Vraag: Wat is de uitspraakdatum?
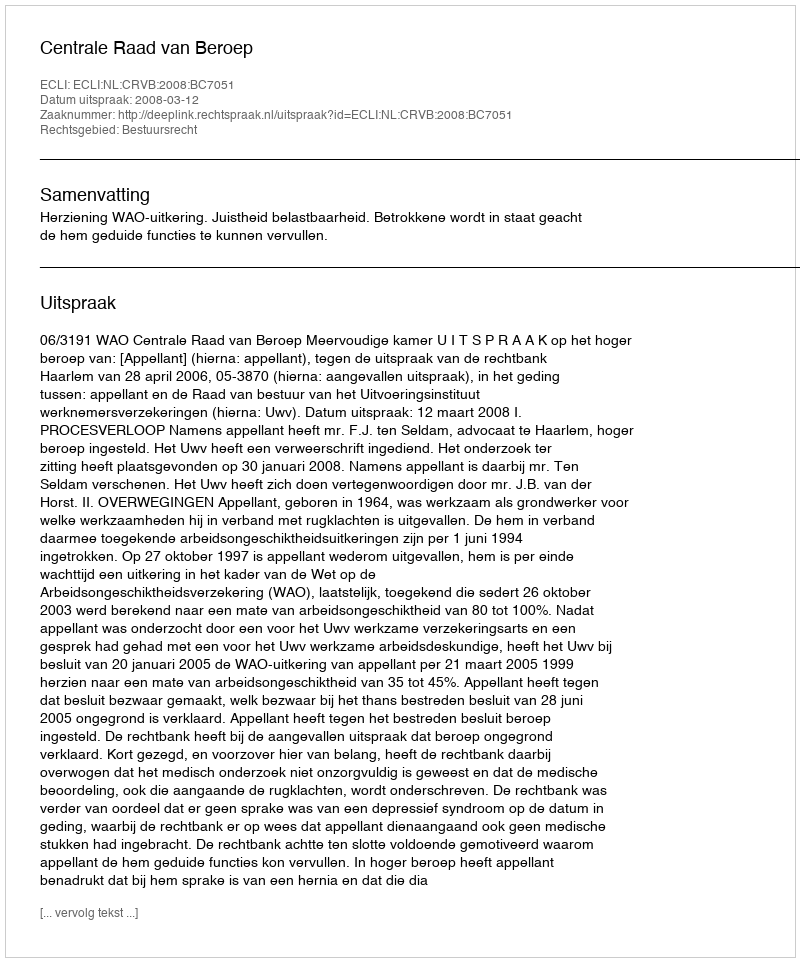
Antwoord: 2008-03-12